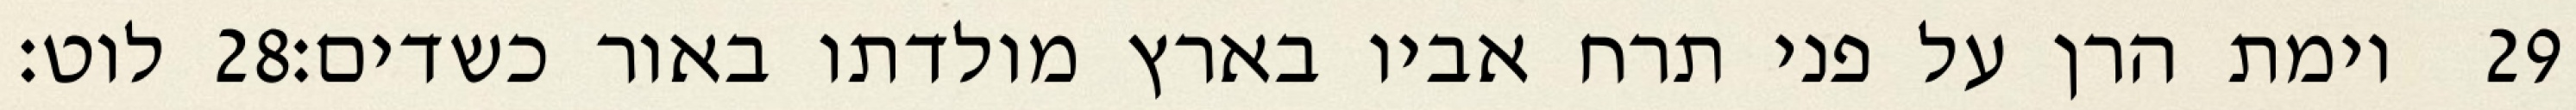
לוט׃ ‎28‏ וימת הרן על פני תרח אביו בארץ מולדתו באור כשדים׃ ‎29‏